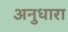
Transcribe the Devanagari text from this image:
अनुधारा